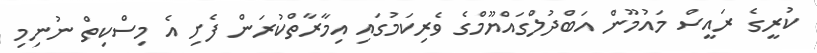
ކުރީގެ ރައީސް މައުމޫން އަބްދުލްގައްޔޫމްގެ ވެރިކަމުގައި އިމާރާތްކުރަން ފެށި އެ މިސްކިތް ނުނިމި